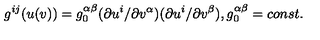
g ^ { i j } ( u ( v ) ) = g _ { 0 } ^ { \alpha \beta } ( \partial u ^ { i } / \partial v ^ { \alpha } ) ( \partial u ^ { i } / \partial v ^ { \beta } ) , g _ { 0 } ^ { \alpha \beta } = c o n s t .